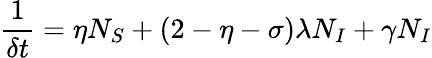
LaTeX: \frac{1}{\delta t}=\eta N_{S}+(2-\eta-\sigma)\lambda N_{I}+\gamma N_{I}